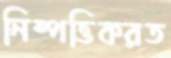
নিষ্পত্তিকরত